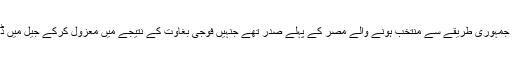
محمد مرسی جمہوری طریقے سے منتخب ہونے والے مصر کے پہلے صدر تھے جنہیں فوجی بغاوت کے نتیجے میں معزول کرکے جیل میں ڈال دیا گیاتھا۔